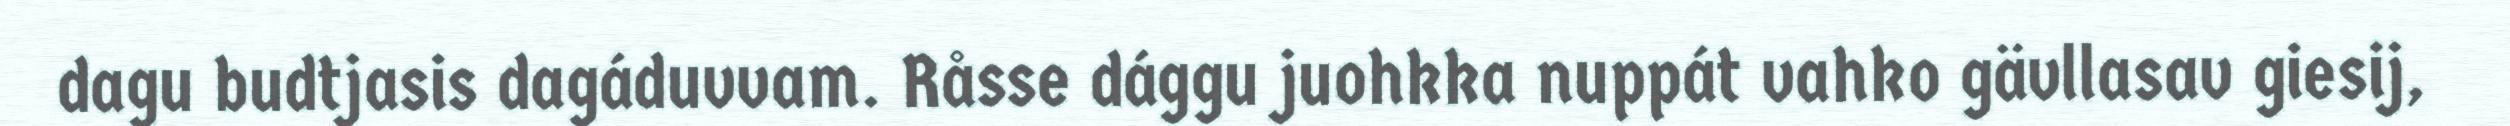
dagu budtjasis dagáduvvam. Råsse dággu juohkka nuppát vahko gävllasav giesij,